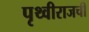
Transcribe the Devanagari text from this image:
पृथ्वीराजची